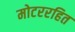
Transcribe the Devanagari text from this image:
मोटररहित